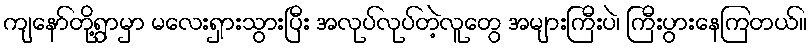
ကျနော်တို့ရွာမှာ မလေးရှားသွားပြီး အလုပ်လုပ်တဲ့လူတွေ အများကြီးပဲ၊ ကြီးပွားနေကြတယ်။